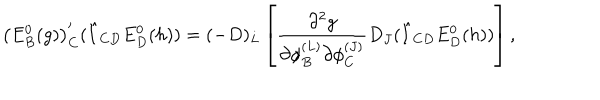
\left( E _ { B } ^ { 0 } ( g ) \right) _ { C } ^ { \prime } ( \hat { I } _ { C D } E _ { D } ^ { 0 } ( h ) ) = ( - D ) _ { L } \left[ \frac { \partial ^ { 2 } g } { \partial \phi _ { B } ^ { ( L ) } \partial \phi _ { C } ^ { ( J ) } } D _ { J } ( \hat { I } _ { C D } E _ { D } ^ { 0 } ( h ) ) \right] ,